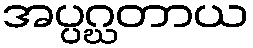
အပ္ပဂ္ဃတာယ